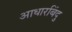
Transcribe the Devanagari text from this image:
आधारबिंदु